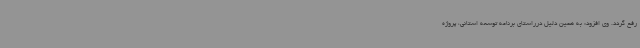
رفع گردد. وی افزود: به همین دلیل درراستای برنامه توسعه استانی، پروژه